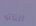
الناتو